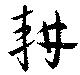
耕